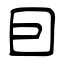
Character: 囙